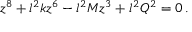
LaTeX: z ^ { 8 } + l ^ { 2 } k z ^ { 6 } - l ^ { 2 } M z ^ { 3 } + l ^ { 2 } Q ^ { 2 } = 0 \, .